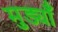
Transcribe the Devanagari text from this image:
मुड्याँ